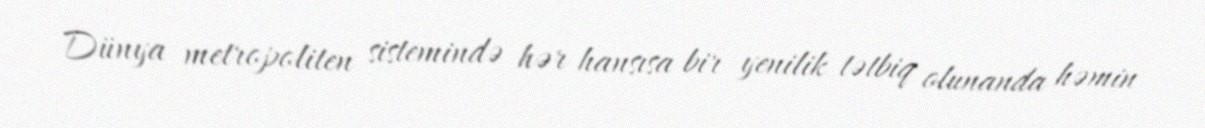
Dünya metropoliten sistemində hər hansısa bir yenilik tətbiq olunanda həmin